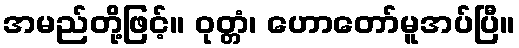
အမည်တို့ဖြင့်။ ဝုတ္တံ၊ ဟောတော်မူအပ်ပြီ။